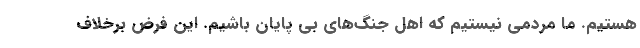
هستیم. ما مردمی نیستیم که اهل جنگ‌های بی پایان باشیم. این فرض برخلاف